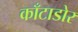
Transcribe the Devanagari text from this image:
काँटाडोर